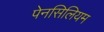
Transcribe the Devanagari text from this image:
पेनसिलियम